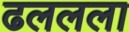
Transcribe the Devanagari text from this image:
ढललला